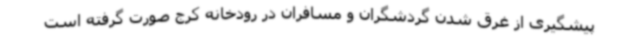
پیشگیری از غرق شدن گردشگران و مسافران در رودخانه کرج صورت گرفته است